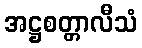
အဋ္ဌစတ္တာလီသံ